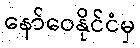
နော်ဝေနိုင်ငံမှ